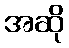
အဆို